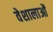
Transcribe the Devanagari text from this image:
वेशालाओं